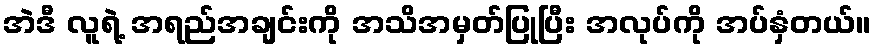
အဲဒီ လူရဲ့ အရည်အချင်းကို အသိအမှတ်ပြုပြီး အလုပ်ကို အပ်နှံတယ်။